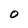
Character: O